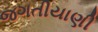
જગતીયાણી